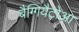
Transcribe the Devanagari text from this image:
बैग्गियैटोआ